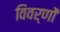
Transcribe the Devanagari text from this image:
विवर्णों